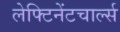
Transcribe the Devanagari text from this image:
लेफ्टिनेंटचार्ल्स